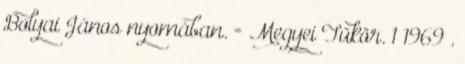
Bolyai János nyomában. = Megyei Tükör. 1 1969 .